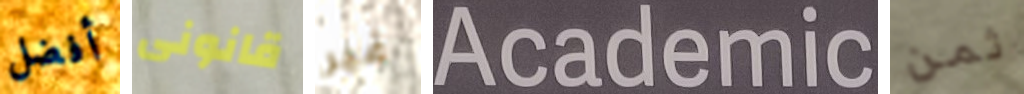
أفضل قانونى غير Academic ثمن